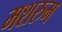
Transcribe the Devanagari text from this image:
मशरुम